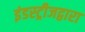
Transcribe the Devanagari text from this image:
इंडस्ट्रीजद्वारा